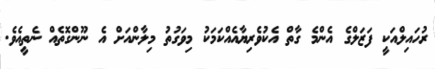
ރުހައިލްއަކީ ފަޒަލްގެ އެންމެ ގާތް އެކުވެރިޔާއެއްކަމަކު މިވަގުތު މިލާންއަށް އެ ނޫންގޮތެއް ނެތީއެވެ.